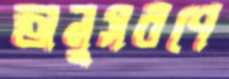
অনুসরণে